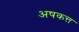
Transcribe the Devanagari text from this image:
अषकत्त